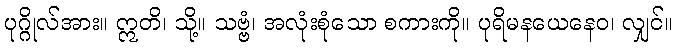
ပုဂ္ဂိုလ်အား။ ဣတိ၊ သို့။ သဗ္ဗံ၊ အလုံးစုံသော စကားကို။ ပုရိမနယေနေဝ၊ လျှင်။